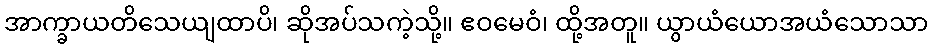
အာက္ခာယတိသေယျထာပိ၊ ဆိုအပ်သကဲ့သို့။ ဧဝမေဝံ၊ ထို့အတူ။ ယွာယံယောအယံသောသာ